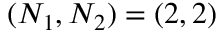
( N _ { 1 } , N _ { 2 } ) = ( 2 , 2 )